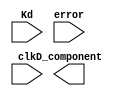
`timescale 1ns / 1ps
//////////////////////////////////////////////////////////////////////////////////
// Company: 
// Engineer: 
// 
// Design Name: 
// Module Name: Derivative_module
// Project Name: 
// Target Devices: 
// Tool Versions: 
// Description: 
// 
// Dependencies: 
// 
// Revision:
// Revision 0.01 - File Created
// Additional Comments:
// 
//////////////////////////////////////////////////////////////////////////////////


module Derivative_module(
    input [15:0] Kd,
    input [15:0] error,
//    input [15:0] prev_error,
    input clk,
    
    output [23:0] D_component
//    output [15:0] curr_err
    );
endmodule